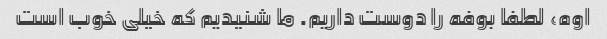
اوه، لطفا بوفه را دوست داریم. ما شنیدیم که خیلی خوب است